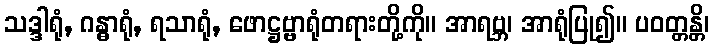
သဒ္ဒါရုံ, ဂန္ဓာရုံ, ရသာရုံ, ဖောဋ္ဌဗ္ဗာရုံတရားတို့ကို။ အာရဗ္ဘ၊ အာရုံပြု၍။ ပဝတ္တန္တိ၊